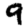
Digit: 9